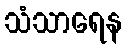
သံသာရေန